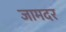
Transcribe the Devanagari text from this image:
जामदर